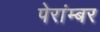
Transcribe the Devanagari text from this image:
पेरांम्बर